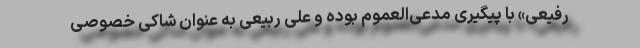
رفیعی» با پیگیری مدعی‌العموم بوده و علی ربیعی به عنوان شاکی خصوصی